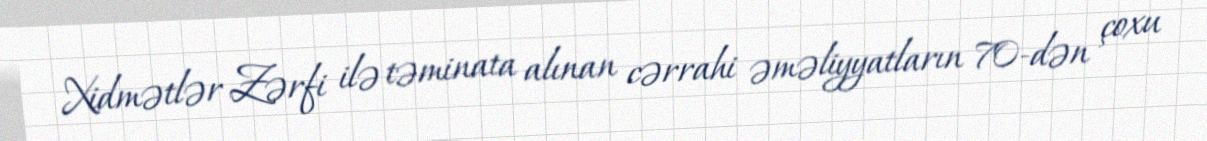
Xidmətlər Zərfi ilə təminata alınan cərrahi əməliyyatların 70-dən çoxu